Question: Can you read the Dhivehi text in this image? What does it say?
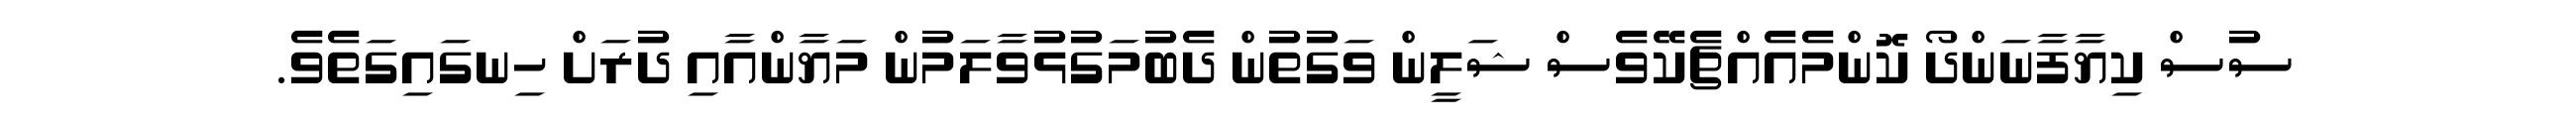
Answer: ސުސް ކިޔާފާނަންދޯ ކޮންމެއެއްޗެކޭވެސް ޝަލީން ވަގުތުން ދެބުމަގުޅުވާލަމުން މަޔާންއާއި ދުރަށް ހިނގައިގަތެވެ.